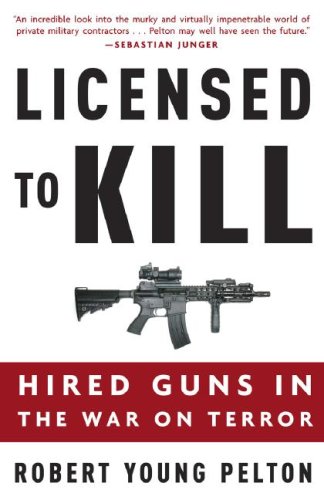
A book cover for Licensed to Kill: Hired Guns in the War on Terror; Robert Young Pelton; History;